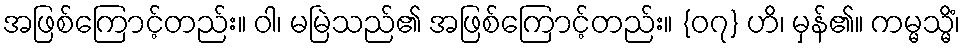
အဖြစ်ကြောင့်တည်း။ ဝါ၊ မမြဲသည်၏ အဖြစ်ကြောင့်တည်း။ {၀၇} ဟိ၊ မှန်၏။ ကမ္မသ္မိံ၊